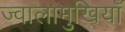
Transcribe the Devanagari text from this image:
ज्वालामुखियाँ